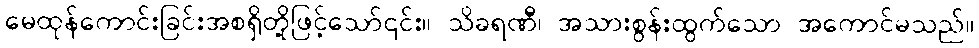
မေထုန်ကောင်းခြင်းအစရှိတို့ဖြင့်သော်၎င်း။ သိခရဏီ၊ အသားစွန်းထွက်သော အကောင်မသည်။